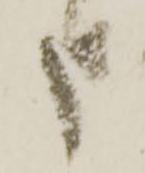
申